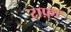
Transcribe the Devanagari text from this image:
राफ़ा